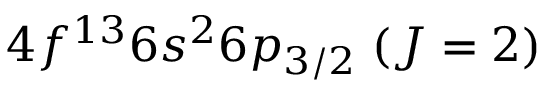
4 f ^ { 1 3 } 6 s ^ { 2 } 6 p _ { 3 / 2 } \; ( J = 2 )